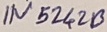
Text: IN5242B